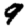
Digit: 9